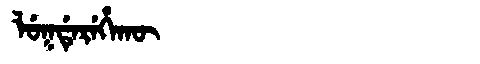
Manchu: ᠯᡠᡴᡩᡝᡵᡝᡥᠠᡴᡡ
Romanization: LUKDEREHAKŪ